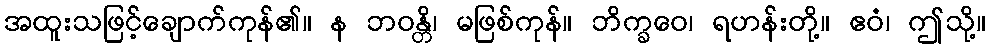
အထူးသဖြင့်ချောက်ကုန်၏။ န ဘဝန္တိ၊ မဖြစ်ကုန်။ ဘိက္ခဝေ၊ ရဟန်းတို့။ ဧဝံ၊ ဤသို့။